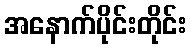
အနောက်ပိုင်းတိုင်း